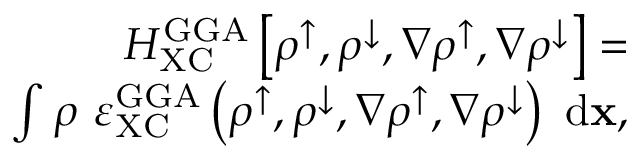
\begin{array} { r l r } & { } & { H _ { \mathrm { X C } } ^ { \mathrm { G G A } } \left[ \rho ^ { \uparrow } , \rho ^ { \downarrow } , \nabla \rho ^ { \uparrow } , \nabla \rho ^ { \downarrow } \right] = } \\ & { } & { \quad \quad \quad \quad \int { \rho \ \varepsilon _ { \mathrm { X C } } ^ { \mathrm { G G A } } \left( \rho ^ { \uparrow } , \rho ^ { \downarrow } , \nabla \rho ^ { \uparrow } , \nabla \rho ^ { \downarrow } \right) \ \mathrm { d } { \bf x } } , } \end{array}